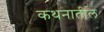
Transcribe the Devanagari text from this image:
कथनातील